Report on sanitation, dispensaries, and jails in Rajputana for 1910, and on vaccination for the year 1910-1911 - 1910-1911
Year: 1910
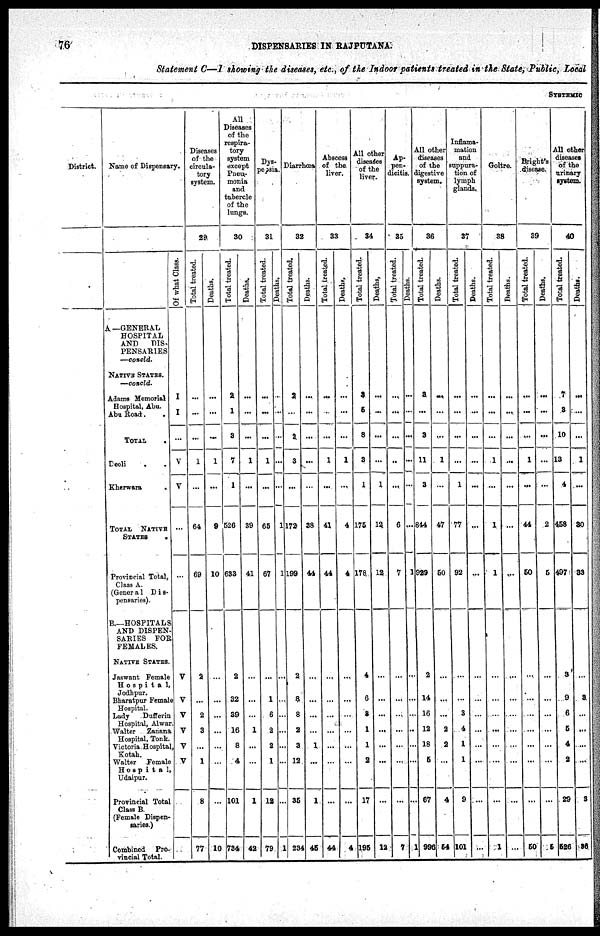
76
DISPENSARIES
IN RAJPUTANA.
Statement C—I showing the diseases, etc., of the Indoor patients treated in the State, Public, Local
SYSTEMIC
District.
Name of Dispensary.
A.—GENERAL
HOSPITAL
AND
DIS¬
PENSARIES
—concld.
NATIVE STATES.
—concld.
Adams Memorial
Hospital, Abu.
Abu Road. .
TOTAL
.
Deoli
. .
Kherwara
.
TOTAL
NATIVE
STATES
.
Provincial Total,
Class A.
(Genera1 Dis¬
pensaries).
B.—HOSPITALS
AND DISPEN¬
SARIES FOR
FEMALES.
NATIVE STATES.
Jaswant Female
Hospital,
Jodhpur.
Bharatpur Female
Hospital.
Lady
Dafferin
Hospital, Alwar.
Walter
Zanana
Hospital, Tonk.
Victoria Hospital,
Kotah.
Walter Female
Hospital,
Udaipur.
Provincial Total
Class B.
(Female Dispen-
saries.)
Combined Pro¬
rincial Total.
Of what Class.
I
I
...
V
V
...
...
V
V
V
V
V
V
Diseases
of the
circula-
tory
system.
29
Total treated.
...
...
...
1
...
64
69
2
...
2
3
...
1
8
77
Deaths.
...
...
...
1
...
9
10
...
...
...
...
...
...
...
10
All
Diseases
of the
respira-
tory
system
except
Pneu¬
monia
and
tubercle
of the
longs.
30
Total treated.
2
1
3
7
1
526
638
2
32
39
16
8
4
101
734
Deaths.
...
...
...
1
...
39
41
...
...
...
1
...
...
1
42
Dys¬
pepsia.
31
Tot al treated.
...
...
...
1
...
65
67
...
1
6
2
8
1
12
79
Deaths.
...
...
...
...
...
1
1
...
...
...
...
...
...
...
1
Diarrhœa
32
Total treated.
2
...
2
3
...
172
199
2
3
8
2
3
12
35
234
Deaths.
...
...
...
...
...
38
44
...
...
...
...
1
...
1
45
Abscess
of the
liver.
33
Total treated.
...
...
...
1
...
41
44
...
...
...
...
...
...
...
44
Deaths.
...
...
...
1
...
4
4
...
...
...
...
...
...
...
4
All other
diseases
of the
liver.
34
Total treated.
3
5
8
3
1
175
178
4
6
3
1
1
2
17
195
Deaths.
...
...
...
...
1
12
12
...
...
...
...
...
...
...
12
Ap¬
pen¬
dicitis.
35
Tot al treated.
...
...
...
...
...
6
7
...
...
...
...
...
...
...
7
Deaths.
...
...
...
...
...
...
1
...
...
...
...
...
...
...
1
All other
diseases
of the
digestive
system.
36
Total treated.
3
...
3
11
3
844
929
2
14
16
12
18
6
67
996
Deaths.
...
...
...
1
...
47
50
...
...
...
2
2
...
4
54
Inflame¬
mation
and
suppura-
tion of
lymph
glands.
37
Total treated.
...
...
...
...
1
77
92
...
...
3
4
1
1
9
101
Deaths.
...
...
...
...
...
...
...
...
...
...
...
...
...
...
...
Goitre.
38
Total treated.
...
...
...
1
...
1
1
...
...
...
...
...
...
...
1
Deaths.
...
...
...
...
...
...
...
...
...
...
...
...
...
...
...
Bright's
disease.
39
Total treated.
...
...
...
1
...
44
50
...
...
...
...
...
...
...
50
Deaths.
...
...
...
...
...
2
5
...
...
...
...
...
...
...
5
All other
diseases
of the
urinary
system.
40
Total treated.
7
3
10
13
4
458
497
3
9
6
5
4
2
29
526
Deaths.
...
...
...
1
...
30
33
...
2
...
...
...
...
3
26